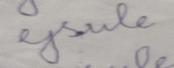
Signature authenticity: forged